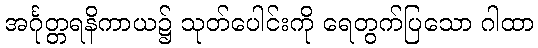
အင်္ဂုတ္တရနိကာယ၌ သုတ်ပေါင်းကို ရေတွက်ပြသော ဂါထာ